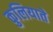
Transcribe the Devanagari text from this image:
कुलियाते